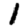
Digit: 1